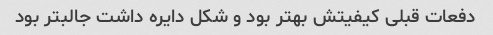
دفعات قبلی کیفیتش بهتر بود و شکل دایره داشت جالبتر بود